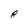
Character: R